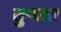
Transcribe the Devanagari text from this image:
तुर्‍यात